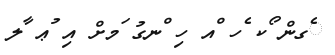
ެގން ޯކ ެހ ްއ ހި ްނގު ަމށް އި ުޢ ާލ